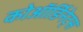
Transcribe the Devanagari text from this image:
कोऑर्डिनेट्स